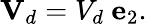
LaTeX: \mathbf{V}_{d}=V_{d}\ \mathbf{e}_{2}.